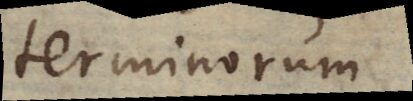
terminorum